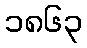
၁၈၆၃